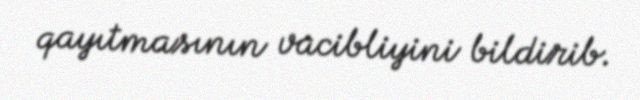
qayıtmasının vacibliyini bildirib.